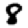
Digit: 8